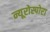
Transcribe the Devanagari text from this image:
न्यूरोस्पोरा